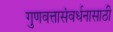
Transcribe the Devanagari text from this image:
गुणवत्तासंवर्धनासाठी